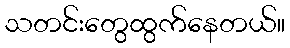
သတင်းတွေထွက်နေတယ်။